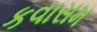
કવાસમ